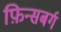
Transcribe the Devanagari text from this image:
फ़िन्सबर्ग